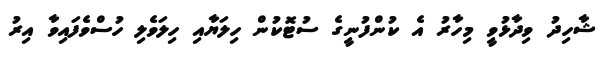
ޝާހިދު ވިދާޅުވީ މިހާރު އެ ކުންފުނީގެ ސުޓޮކުން ހިލަޔާއި ހިލަވެލި ހުސްވެފައިވާ އިރު